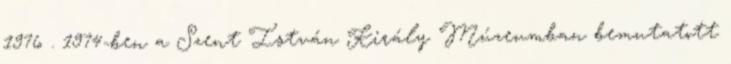
1976 . 1974-ben a Szent István Király Múzeumban bemutatott